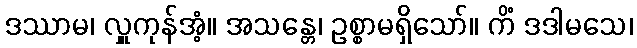
ဒဿာမ၊ လှူကုန်အံ့။ အသန္တေ၊ ဥစ္စာမရှိသော်။ ကိံ ဒဒါမသေ၊